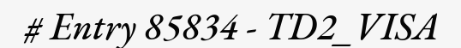
# Entry 85834 - TD2_VISA